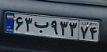
۶۳ب۹۳۳۷۴